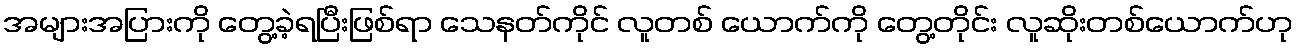
အများအပြားကို တွေ့ခဲ့ရပြီးဖြစ်ရာ သေနတ်ကိုင် လူတစ် ယောက်ကို တွေ့တိုင်း လူဆိုးတစ်ယောက်ဟု